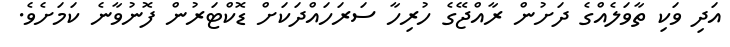
އަދި ވަކި ތާވަލެއްގެ ދަށުން ރާއްޖޭގެ ހުރިހާ ސަރަހައްދަކަށް ޑޮކްޓަރުން ފޮނުވާނެ ކަަމަށެވެ.